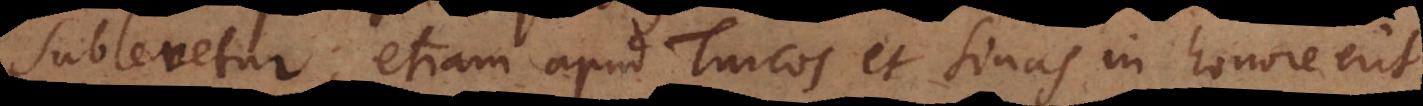
sublevetur; etiam apud Turcos et Sinos in honore erit